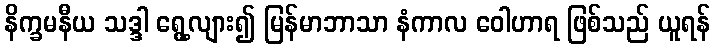
နိက္ခမနီယ သဒ္ဒါ ရွေ့လျား၍ မြန်မာဘာသာ နံကာလ ဝေါဟာရ ဖြစ်သည် ယူရန်